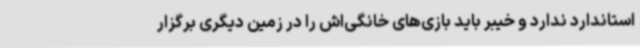
استاندارد ندارد و خیبر باید بازی‌های خانگی‌اش را در زمین دیگری برگزار